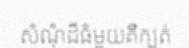
សំណុំដ៏ធំមួយគឺក្បត់